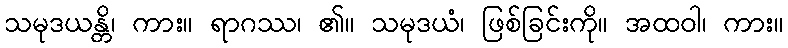
သမုဒယန္တိ၊ ကား။ ရာဂဿ၊ ၏။ သမုဒယံ၊ ဖြစ်ခြင်းကို။ အထဝါ၊ ကား။